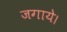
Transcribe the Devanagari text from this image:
जगाये।